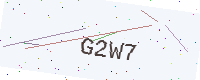
Text: G2W7